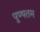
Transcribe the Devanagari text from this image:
पुण्यतम